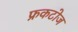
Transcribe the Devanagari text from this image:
फ्रकटोज